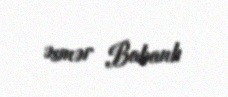
Əsmər Babanlı